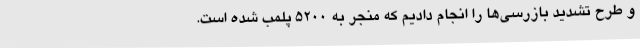
و طرح تشدید بازرسی‌ها را انجام دادیم که منجر به ۵۲۰۰ پلمب شده است.